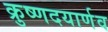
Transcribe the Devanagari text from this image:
क्रुष्णदयार्णव